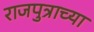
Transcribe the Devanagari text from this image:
राजपुत्राच्या